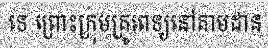
ទេ ព្រោះក្រុមគ្រូពេទ្យនៅតាមដាន